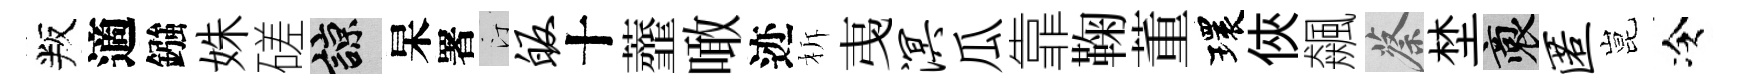
叛適鏹姝磋諒杲署汀皈十虀噉迹柝𢎯溟瓜靠鞠董環俠飆蔡埜裔匿昆冷